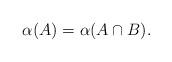
LaTeX: \begin{align*} \alpha (A)=\alpha (A\cap B).\end{align*}